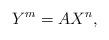
LaTeX: \begin{align*}Y^m=A X^n,\end{align*}